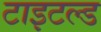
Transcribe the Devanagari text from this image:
टाइटल्ड